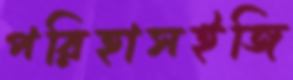
পরিহাসইজি